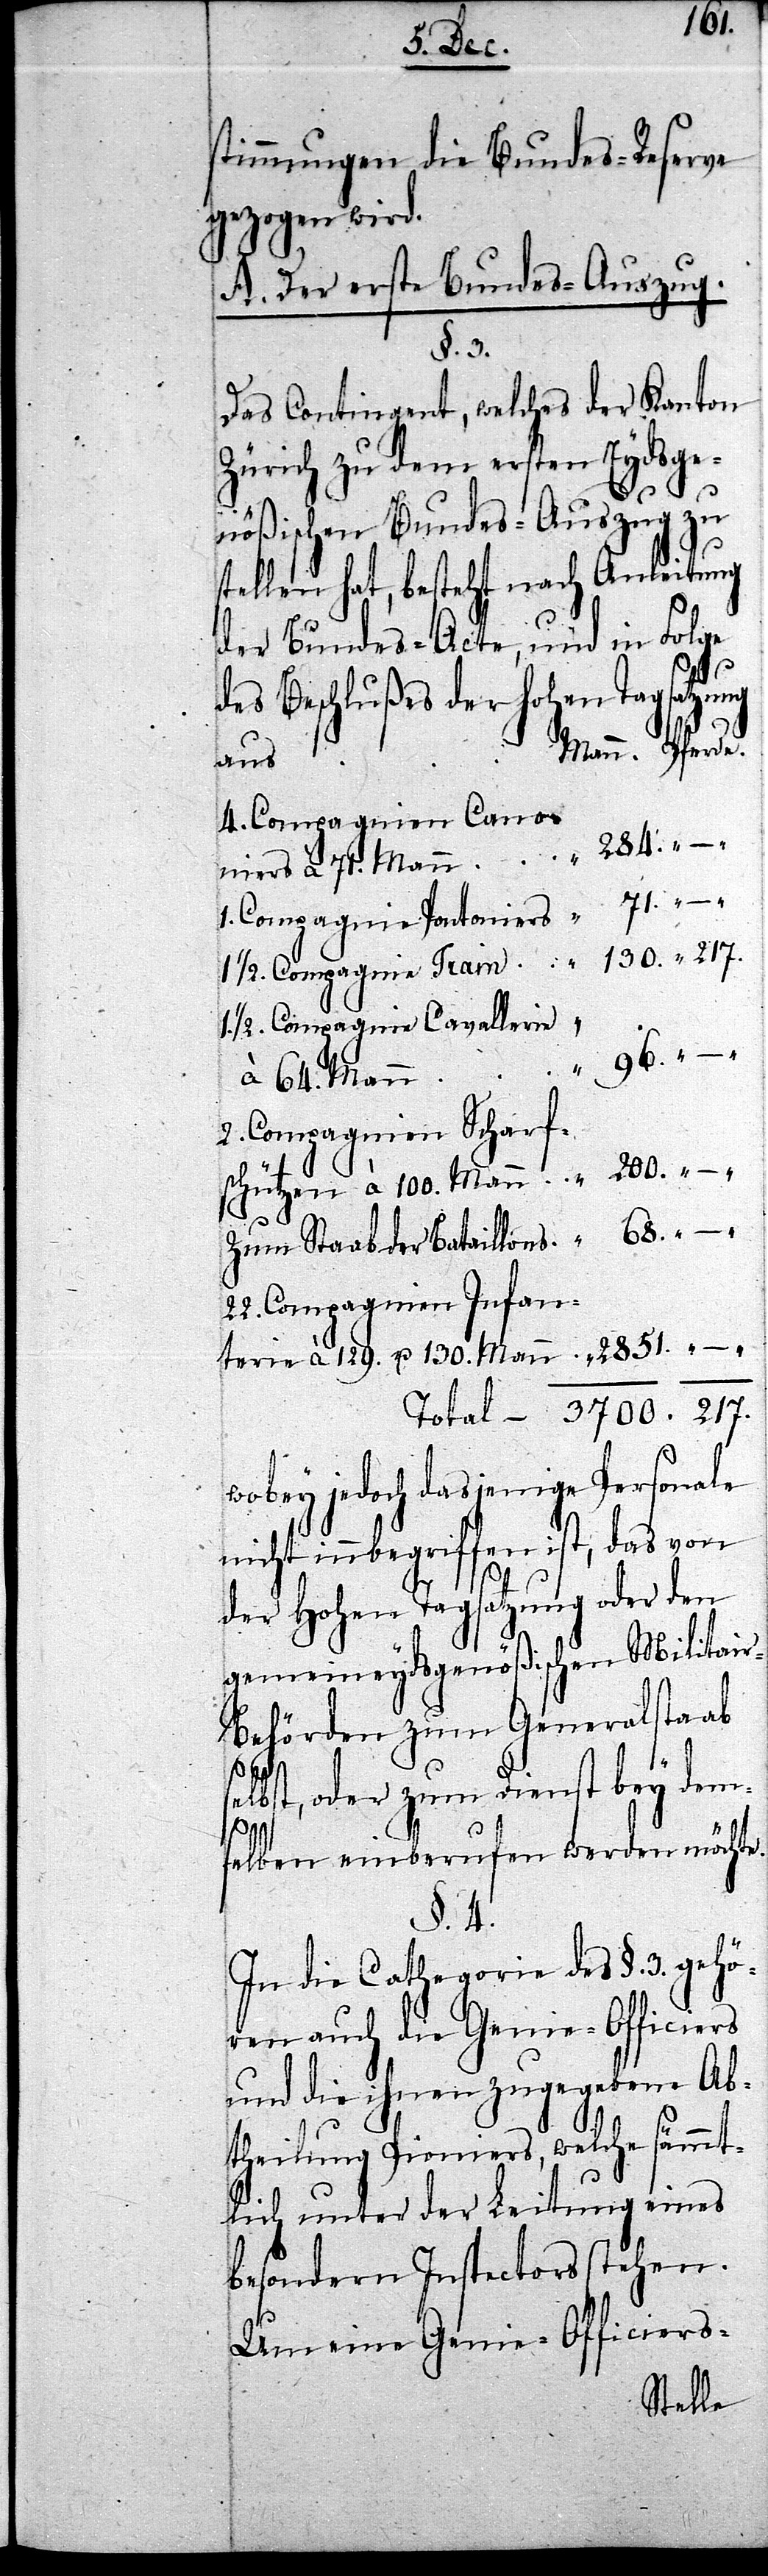
64. Mann
stimmungen die Bundes-Reserve
gezogen wird.
A. Der erste Bundes-Auszug.
§. 3.
Das Contingent, welches der Kanton
Zürich zu dem ersten Eydsge¬
68.
nößischen Bundes-Auszug zu
stellen hat, besteht nach Anleitung
der Bundes-Acte, und in Folge
se¬
des Beschlußes der hohen Tagsatzung
aus
1. Compagnie Pontoniers
1/2. Compagnie Cavallerie
2. Compagnien Scharf¬
schützen à 100. Mann
zum Staab der Bataillons
22. Compagnien Infan¬
terie à 129. u. 130. Mann
wobey jedoch dasjenige Personale
nicht innbegriffen ist, das von
der Hohen Tagsatzung oder den
gemeineydsgenößischen Militai¬
r-Behörden zum Generalstaab
lbst, oder zum Dienst bey dems¬
217.
elben einberufen werden möchte.
§. 4.
In die Cathegorie des §. 3. gehö¬
ren auch die Genie-Officiers
und die ihnen zugegebene Ab¬
theilung Pioniers, welche sämmt¬
lich unter der Leitung eines
besondern Inspectors stehen.
Um eine Genie-Officiers-